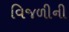
વિજળીની